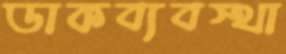
ডাকব্যবস্থা